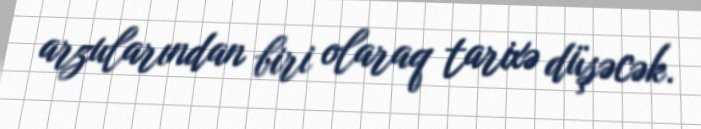
arzularından biri olaraq tarixə düşəcək.